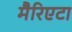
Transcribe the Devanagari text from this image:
मैरिएटा